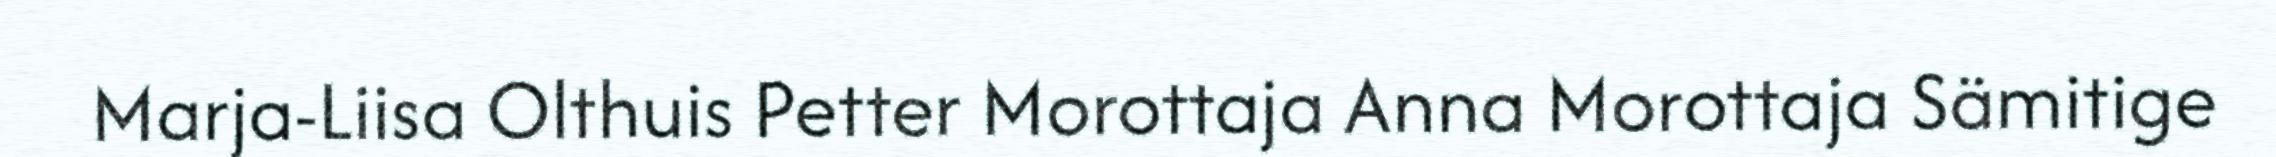
Marja-Liisa Olthuis Petter Morottaja Anna Morottaja Sämitige